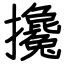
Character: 攙